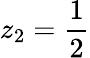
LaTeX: z_{2}=\frac{1}{2}